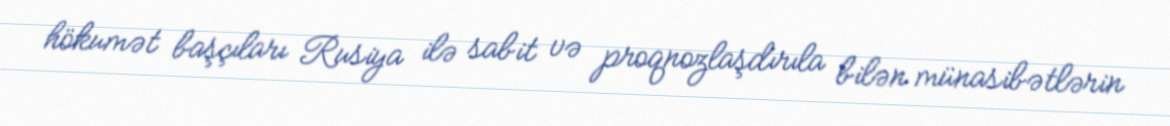
hökumət başçıları Rusiya ilə sabit və proqnozlaşdırıla bilən münasibətlərin